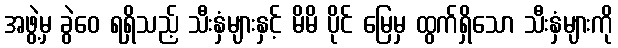
အဖွဲ့မှ ခွဲဝေ ရရှိသည့် သီးနှံများနှင့် မိမိ ပိုင် မြေမှ ထွက်ရှိသော သီးနှံများကို